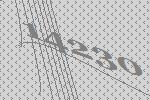
14230